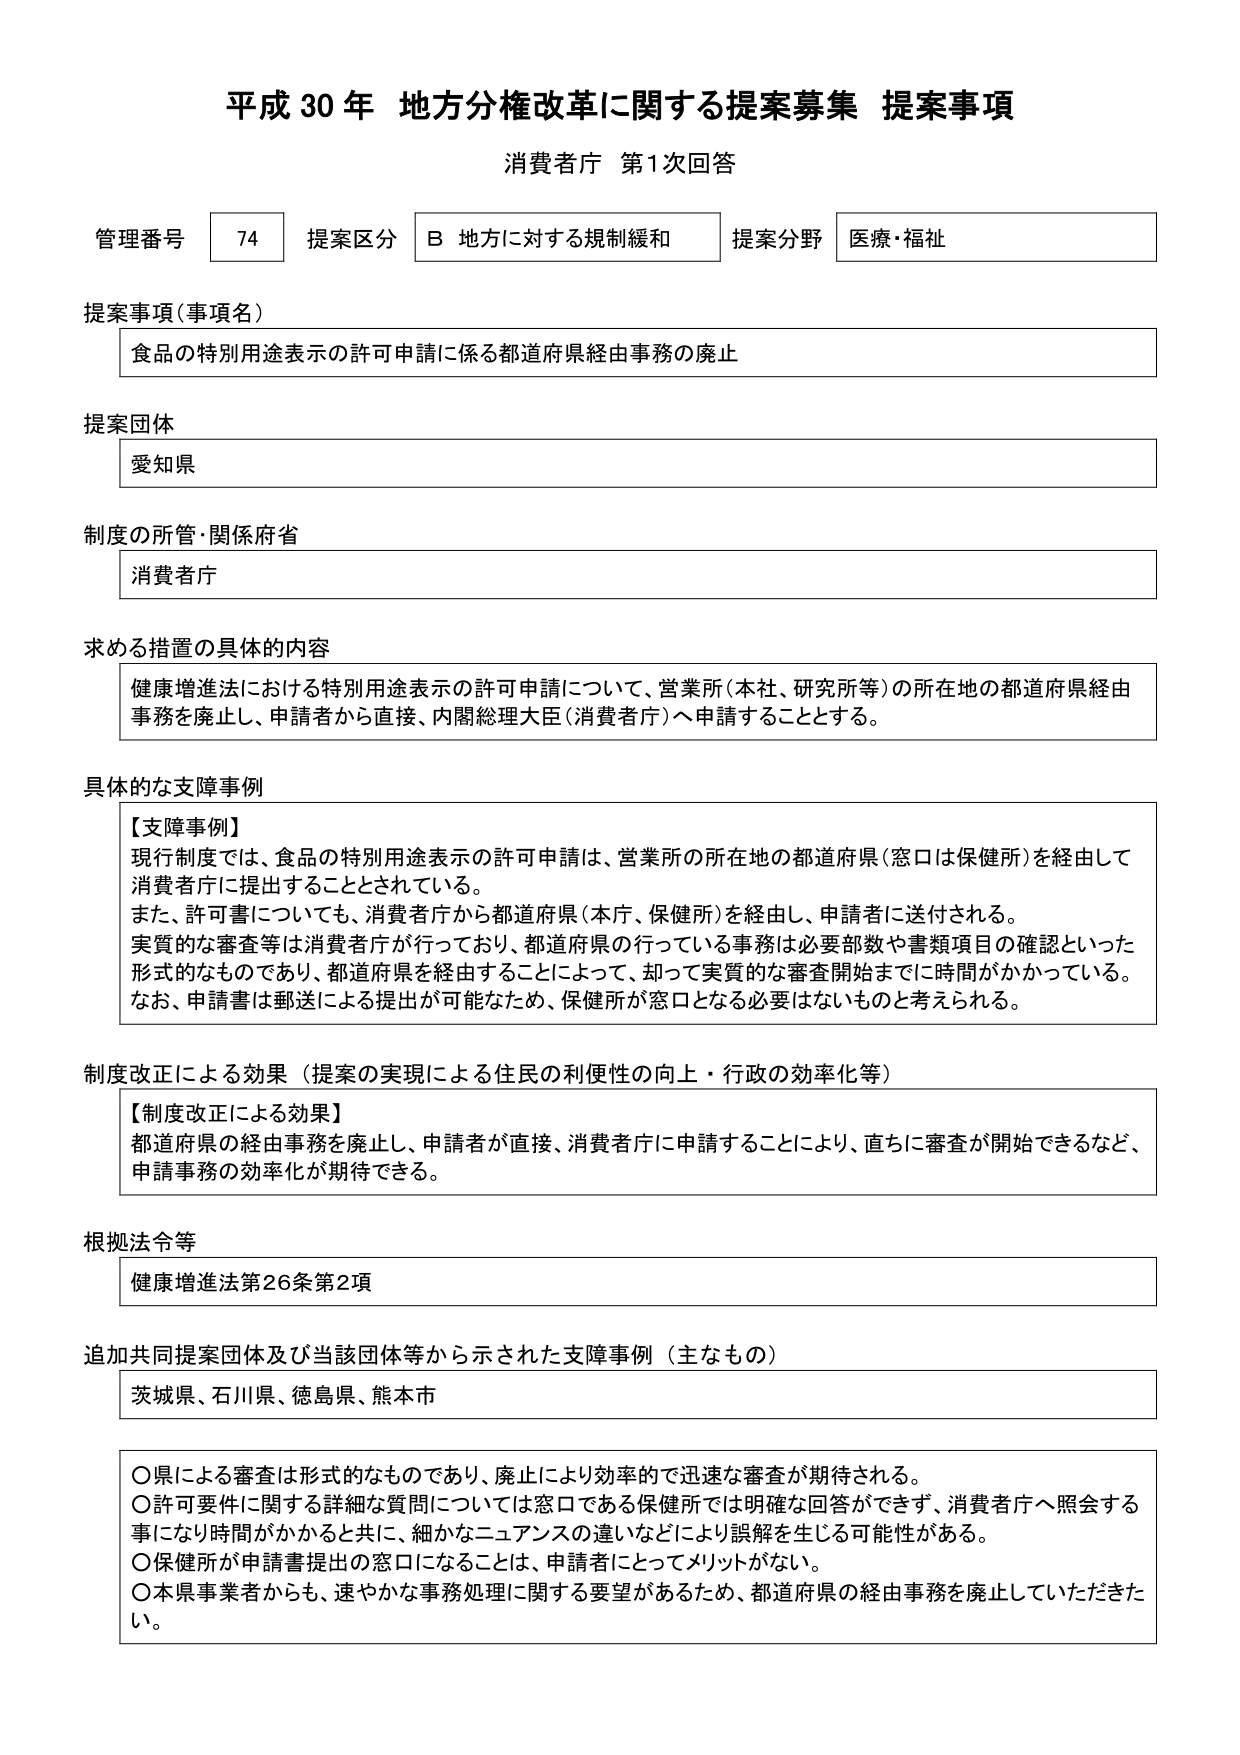
平成30年 地方分権改革に関する提案募集 提案事項
消費者庁 第1次回答

管理番号 74 提案区分 B 地方に対する規制緩和 提案分野 医療・福祉

提案事項（事項名）
食品の特別用途表示の許可申請に係る都道府県経由事務の廃止

提案団体
愛知県

制度の所管・関係府省
消費者庁

求める措置の具体的内容
健康増進法における特別用途表示の許可申請について、営業所（本社、研究所等）の所在地の都道府県経由事務を廃止し、申請者から直接、内閣総理大臣（消費者庁）へ申請することとする。

具体的な支障事例
【支障事例】
現行制度では、食品の特別用途表示の許可申請は、営業所の所在地の都道府県（窓口は保健所）を経由して消費者庁に提出することとされている。
また、許可書についても、消費者庁から都道府県（本庁、保健所）を経由し、申請者に送付される。
実質的な審査等は消費者庁が行っており、都道府県の行っている事務は必要部数や書類項目の確認といった形式的なものであり、都道府県を経由することによって、却って実質的な審査開始までに時間がかかっている。
なお、申請書は郵送による提出が可能なため、保健所が窓口となる必要はないものと考えられる。

制度改正による効果（提案の実現による住民の利便性の向上・行政の効率化等）
【制度改正による効果】
都道府県の経由事務を廃止し、申請者が直接、消費者庁に申請することにより、直ちに審査が開始できるなど、申請事務の効率化が期待できる。

根拠法令等
健康増進法第26条第2項

追加共同提案団体及び当該団体等から示された支障事例（主なもの）
茨城県、石川県、徳島県、熊本市

○県による審査は形式的なものであり、廃止により効率的で迅速な審査が期待される。
○許可要件に関する詳細な質問については窓口である保健所では明確な回答ができず、消費者庁へ照会する事になり時間がかかると共に、細かなニュアンスの違いなどにより誤解を生じる可能性がある。
○保健所が申請書提出の窓口になることは、申請者にとってメリットがない。
○本県事業者からも、速やかな事務処理に関する要望があるため、都道府県の経由事務を廃止していただきたい。